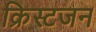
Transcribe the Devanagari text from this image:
क्रिस्टजन